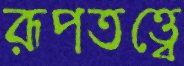
রূপতত্ত্বে